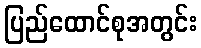
ပြည်ထောင်စုအတွင်း